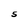
Character: S